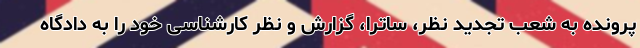
پرونده به شعب تجدید نظر، ساترا، گزارش و نظر کارشناسی خود را به دادگاه